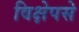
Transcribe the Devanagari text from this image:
विक्षेपसे